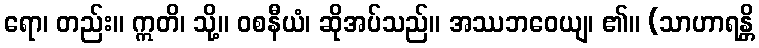
ရော၊ တည်း။ ဣတိ၊ သို့။ ဝစနီယံ၊ ဆိုအပ်သည်။ အဿဘဝေယျ၊ ၏။ (သာဟာရန္တိ